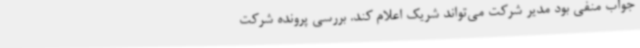
جواب منفی بود مدیر شرکت می‌تواند شریک اعلام کند. بررسی پرونده شرکت